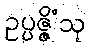
ဥပ္ပဇ္ဇိံသု